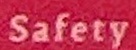
Safety